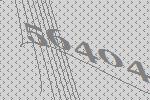
56404